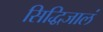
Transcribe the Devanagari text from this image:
सिद्धिजालं